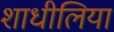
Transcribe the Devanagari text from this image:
शाधीलिया